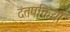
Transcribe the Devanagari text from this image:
दंतपक्तियाँ